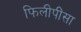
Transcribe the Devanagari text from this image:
फिलीपींसा